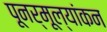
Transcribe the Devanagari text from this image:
पूनर्मूल्यांकन